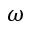
\omega